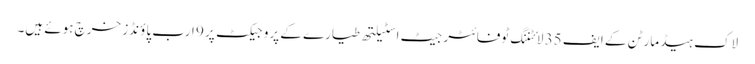
لاک ہیڈ مارٹن کے ایف 35 لائٹننگ ٹوفائٹر جیٹ اسٹیلتھ طیارے کے پروجیکٹ پر 9 ارب پاؤنڈز خرچ ہوئے ہیں۔